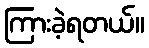
ကြားခဲ့ရတယ်။